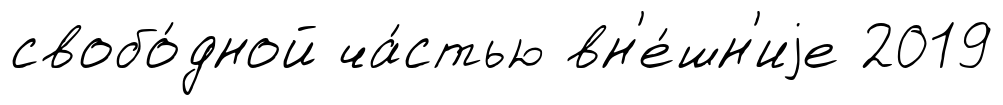
свобо́дной ча́стью вн'е́шн'иjе 2019